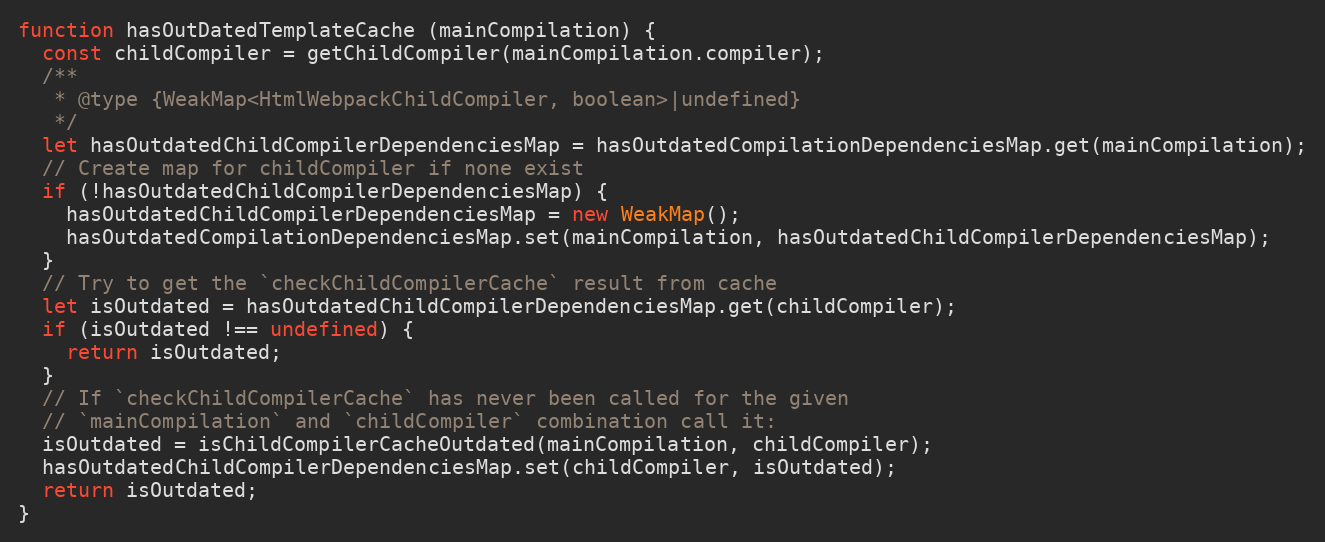
Language: JavaScript
function hasOutDatedTemplateCache (mainCompilation) {
  const childCompiler = getChildCompiler(mainCompilation.compiler);
  /**
   * @type {WeakMap<HtmlWebpackChildCompiler, boolean>|undefined}
   */
  let hasOutdatedChildCompilerDependenciesMap = hasOutdatedCompilationDependenciesMap.get(mainCompilation);
  // Create map for childCompiler if none exist
  if (!hasOutdatedChildCompilerDependenciesMap) {
    hasOutdatedChildCompilerDependenciesMap = new WeakMap();
    hasOutdatedCompilationDependenciesMap.set(mainCompilation, hasOutdatedChildCompilerDependenciesMap);
  }
  // Try to get the `checkChildCompilerCache` result from cache
  let isOutdated = hasOutdatedChildCompilerDependenciesMap.get(childCompiler);
  if (isOutdated !== undefined) {
    return isOutdated;
  }
  // If `checkChildCompilerCache` has never been called for the given
  // `mainCompilation` and `childCompiler` combination call it:
  isOutdated = isChildCompilerCacheOutdated(mainCompilation, childCompiler);
  hasOutdatedChildCompilerDependenciesMap.set(childCompiler, isOutdated);
  return isOutdated;
}